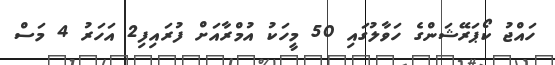
ހައްޖު ކޯޕަރޭޝަންގެ ހަވާލުގައި 50 މީހަކު އުމްރާއަށް ފުރައިފި2 އަހަރު 4 މަސް